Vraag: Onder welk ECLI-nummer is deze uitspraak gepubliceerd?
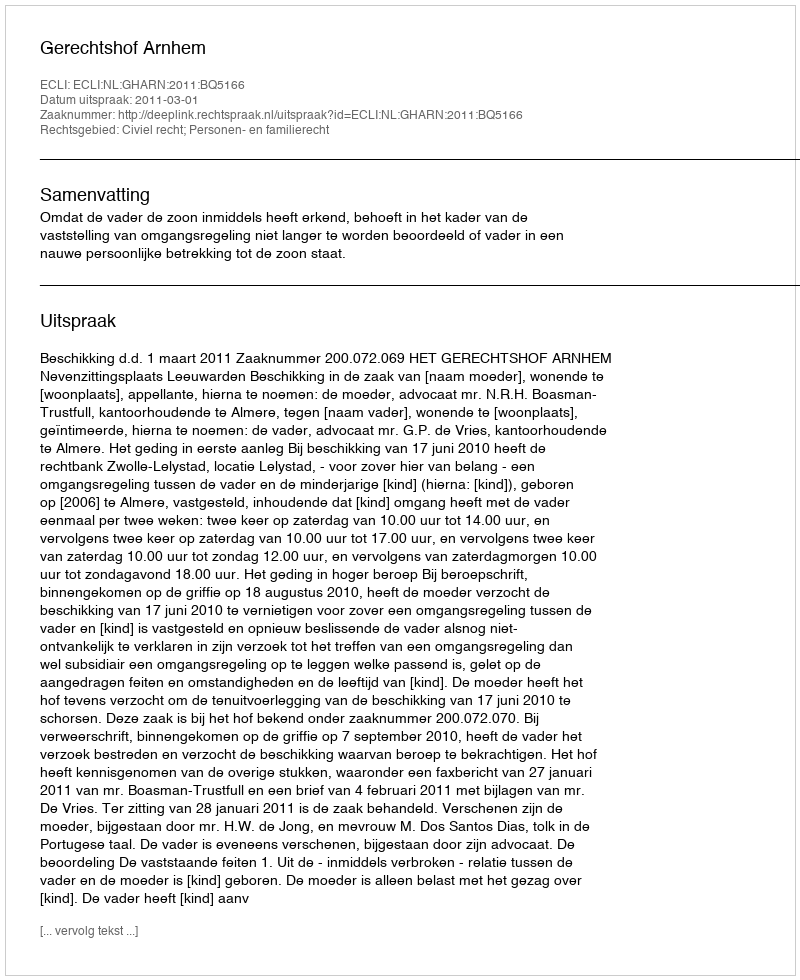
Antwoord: ECLI:NL:GHARN:2011:BQ5166